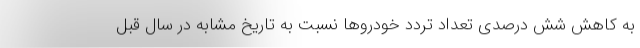
به کاهش شش درصدی تعداد تردد خودروها نسبت به تاریخ مشابه در سال قبل